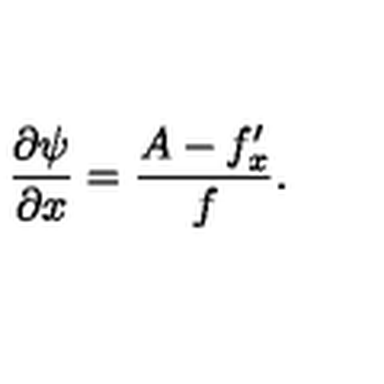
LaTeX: \frac { \partial \psi } { \partial x } = \frac { A - f _ { x } ^ { \prime } } { f } .